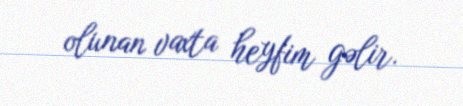
olunan vaxta heyfim gəlir.